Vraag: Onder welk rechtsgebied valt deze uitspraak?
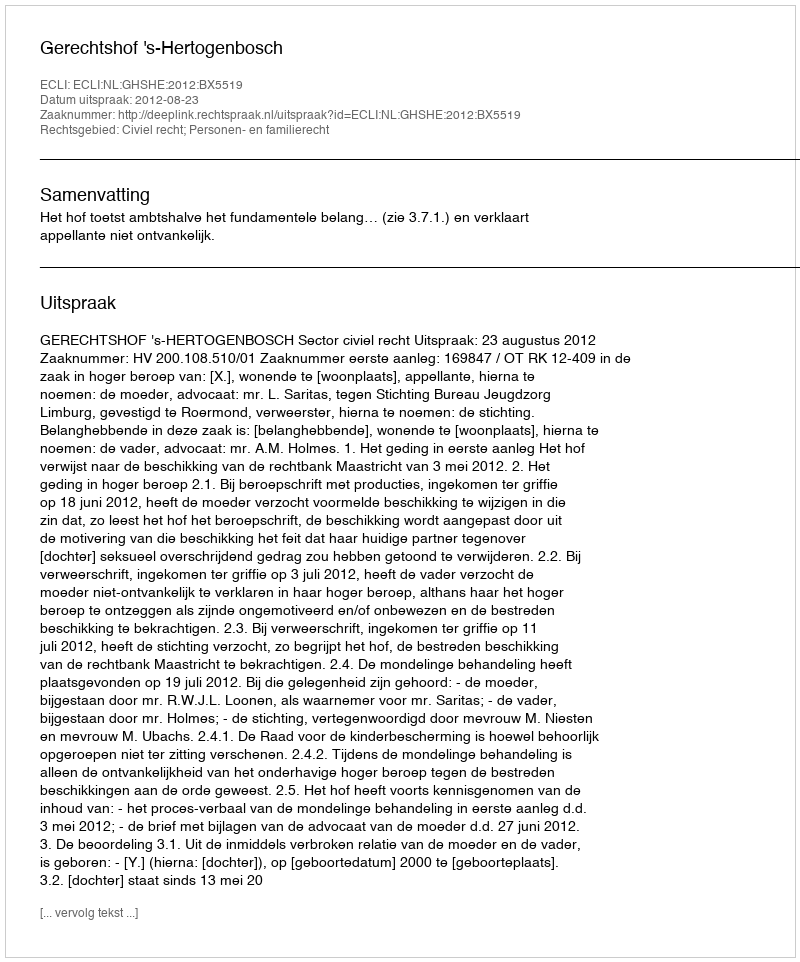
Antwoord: Civiel recht; Personen- en familierecht